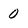
Character: 0